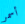
أسمر